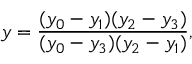
y = \frac { ( y _ { 0 } - y _ { 1 } ) ( y _ { 2 } - y _ { 3 } ) } { ( y _ { 0 } - y _ { 3 } ) ( y _ { 2 } - y _ { 1 } ) } ,